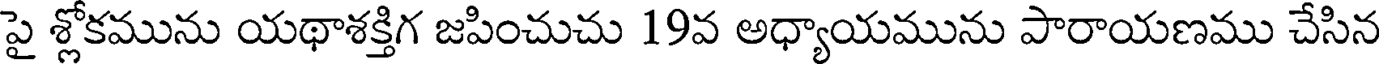
పై శ్లోకమును యథాశక్తిగ జపించుచు 19వ అధ్యాయమును పారాయణము చేసిన